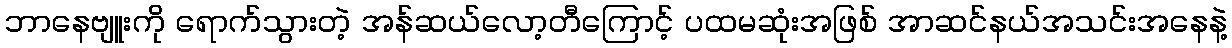
ဘာနေဗျူးကို ရောက်သွားတဲ့ အန်ဆယ်လော့တီကြောင့် ပထမဆုံးအဖြစ် အာဆင်နယ်အသင်းအနေနဲ့